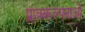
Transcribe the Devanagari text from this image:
प्राक्कल्पनाओं